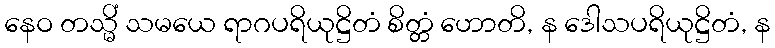
နေဝ တသ္မိံ သမယေ ရာဂပရိယုဋ္ဌိတံ စိတ္တံ ဟောတိ, န ဒေါသပရိယုဋ္ဌိတံ, န